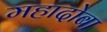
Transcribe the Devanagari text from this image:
महादोबा